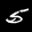
Label: 5